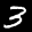
Label: 3